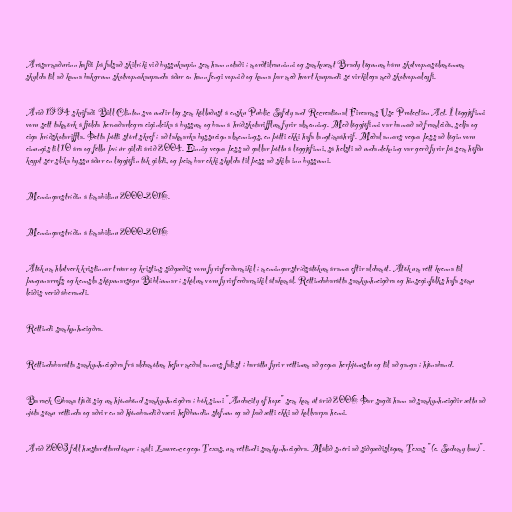
Árásarmaðurinn hafði þá falsað skilríki við byssukaupin sem hann notaði í morðtilrauninni og samkvæmt Brady lögunum báru skotvopnasölumönnum
skylda til að kanna bakgrunn skotvopnakaupanda áður en hann fengi vopnið og kanna þar með hvort kaupandi sé virkilega með skotvopnaleyfi.

Árið 1994 skrifaði Bill Clinton svo undir lög sem kölluðust á ensku Public Safety and Recreational Firearms Use Protection Act. Í löggjöfinni
voru sett takmörk á fjölda hernaðarlegra eiginleika á byssum og bann á hríðskotarifflum fyrir almenning. Með löggjöfinni var bannað að framleiða, selja og
eiga hríðskotariffla. Þetta þótti stórt skref í að takmarka byssueign almennings, en þótti ekki hafa langtímaáhrif. Meðal annars vegna þess að lögin voru
einungis til 10 ára og féllu því úr gildi árið 2004. Einnig vegna þess að gallar þóttu á löggjöfinni, sá helsti að undantekning var gerð fyrir þá sem höfðu
keypt sér slíka byssu áður en löggjöfin tók gildi, og þeim bar ekki skylda til þess að skila inn byssunni.

Menningarstríðin á tímabilinu 2000-2016.

Menningarstríðin á tímabilinu 2000-2016

Átök um hlutverk kristinnar trúar og kristins siðgæðis voru fyrirferðarmikil í menningarstríðsátökum áranna eftir aldamót. Átök um rétt kvenna til
þungunarrofs og kennsla sköpunarsögu Biblíunnar í skólum voru fyrirferðarmikil átakamál. Réttindabarátta samkynhneigðra og hinseginfólks hafa sömu
leiðis verið áberandi.

Réttindi samkynhneigðra.

Réttindabarátta samkynhneigðra frá aldamótum hefur meðal annars falist í baráttu fyrir réttinum að gegna herþjónustu og til að ganga í hjónaband.

Barack Obama tjáði sig um hjónabönd samkynhneigðra í bók sinni "Audacity of hope" sem kom út árið 2006 Þar sagði hann að samkynhneigðir ættu að
njóta sömu réttinda og aðrir en að hjónabandið væri hefðbundin stofnun og að það ætti ekki að kollvarpa henni.

Árið 2003 féll hæstaréttardómur í máli Lawrence gegn Texas, um réttindi samkynhneigðra. Málið snéri að siðgæðislögum Texas "(e. Sodomy law)".